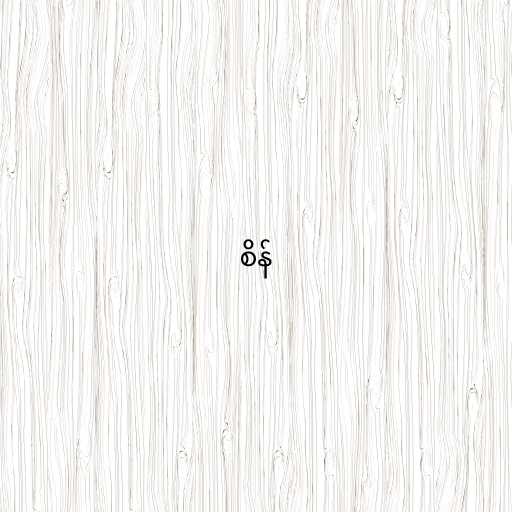
စိန်